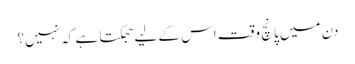
دن میں پانچ وقت اس کے لیے جھکتا ہے کہ نہیں؟